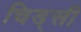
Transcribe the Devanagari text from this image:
चिड्सी